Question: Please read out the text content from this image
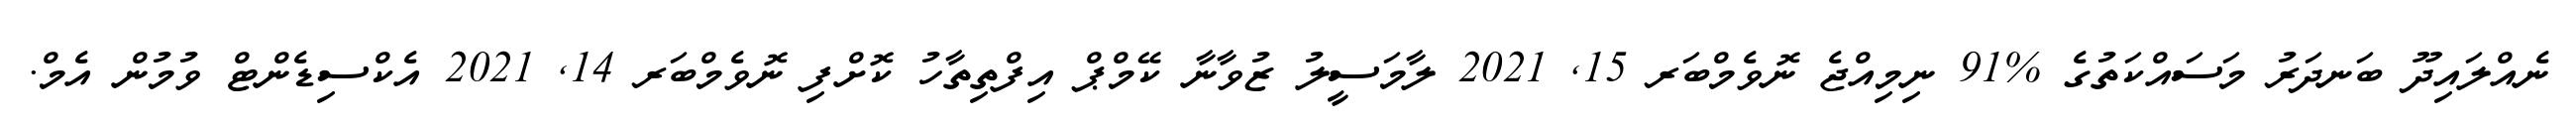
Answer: ނެއްލައިދޫ ބަނދަރު މަސައްކަތުގެ %91 ނިމިއްޖެ ނޮވެމްބަރ 15, 2021 ލާމަސީލު ޒުވާނާ ކޭމްޕް އިފްތިތާހު ކޮށްފި ނޮވެމްބަރ 14, 2021 އެކްސިޑެންޓް ވުމުން އެމް.